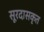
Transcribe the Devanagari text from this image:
सूरदासकृत